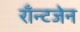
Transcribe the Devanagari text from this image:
राँन्टजेन